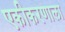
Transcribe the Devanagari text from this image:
एकीकरणाला